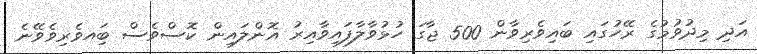
އަދި މިދުވުމުގެ ރޭހުގައި ބައިވެރިވާން 500 ޖާގަ ހުޅުވާލާފައިވާއިރު އޮންލައިން ކޮސްވެސް ބަިއވެރިވެވޭނެ